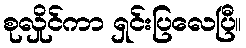
စုလှိုင်ကာ ရှင်းပြလေပြီ။